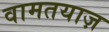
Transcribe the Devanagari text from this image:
वामतयाज़